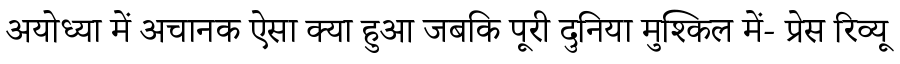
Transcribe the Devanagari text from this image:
अयोध्या में अचानक ऐसा क्या हुआ जबकि पूरी दुनिया मुश्किल में- प्रेस रिव्यू